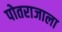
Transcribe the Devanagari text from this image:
पोतराजाला